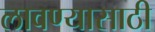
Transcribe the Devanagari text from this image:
लावण्‍यासाठी